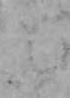
は